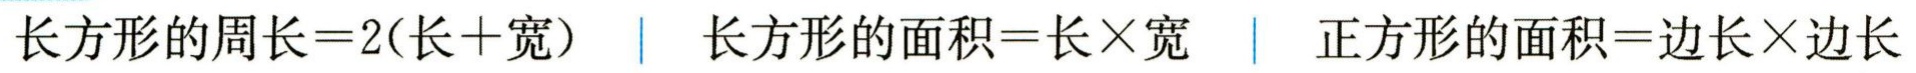
长方形的周长\(=2(长 + 宽)\) \| 长方形的面积\(=长\times宽\) \| 正方形的面积\(=边长\times边长\)